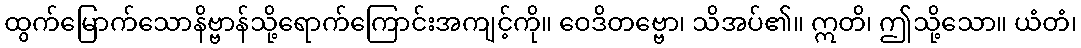
ထွက်မြောက်သောနိဗ္ဗာန်သို့ရောက်ကြောင်းအကျင့်ကို။ ဝေဒိတဗ္ဗော၊ သိအပ်၏။ ဣတိ၊ ဤသို့သော။ ယံတံ၊